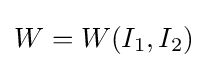
W=W(I_{1},I_{2})